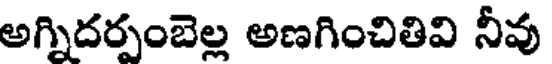
అగ్నిదర్పంబెల్ల అణగించితివి నీవు